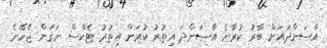
އާސަންދައަށް ބާރު ކުރާނެ އާސަންދަ އިތުރު ކުރަން އިތުރު ޓެކްސް ނަގަން ޖެހޭނެ